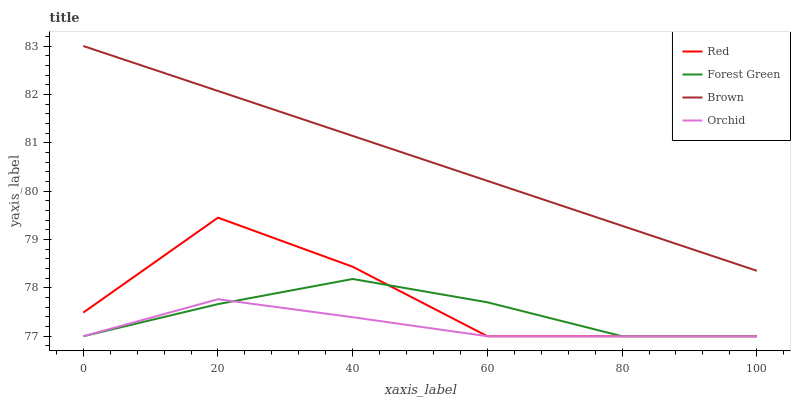
| xaxis_label | Red | Forest Green | Brown | Orchid |
 | --- | --- | --- | --- | --- |
 | 0 | 77.5 | 77 | 83 | 77 |
 | 20 | 79.5 | 77.7 | 82.1 | 77.8 |
 | 40 | 78.4 | 78.2 | 81.1 | 77.4 |
 | 60 | 77 | 77.7 | 80.2 | 77 |
 | 80 | 77 | 77 | 79.3 | 77 |
 | 100 | 77 | 77 | 78.4 | 77 |